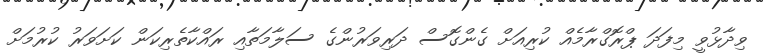
ވިދާޅުވީ މިފަދަ ޕްރޮގްރާމެއް ކުރިއަށް ގެންގޮސް ދަރިވަރުންގެ ސަލާމަތާއި ރައްކާތެރިކަން ކަށަވަރު ކުރުމަށް